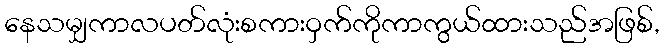
နေသမျှကာလပတ်လုံးစကားဝှက်ကိုကာကွယ်ထားသည်အဖြစ်,